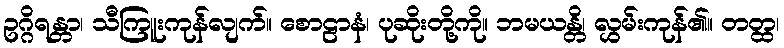
ဥဂ္ဂိရန္တာ၊ သီကြူးကုန်လျက်။ စောဠာနံ၊ ပုဆိုးတို့ကို။ ဘမယန္တိ၊ လွှမ်းကုန်၏။ တတ္ထ၊